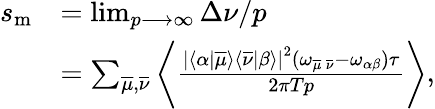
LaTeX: \begin{array}{rl}{s_{\mathrm{m}}}&{=\operatorname*{lim}_{p\longrightarrow\infty}\Delta\nu/p}\\ &{=\sum_{\overline{{\mu}},\overline{{\nu}}}\left\langle\frac{\left|\langle\alpha|\overline{{\mu}}\rangle\langle\overline{{\nu}}|\beta\rangle\right|^{2}(\omega_{\overline{{\mu}}\, \overline{{\nu}}}-\omega_{\alpha\beta})\tau}{2\pi Tp}\right\rangle,}\end{array}